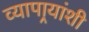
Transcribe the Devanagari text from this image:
व्यापार्‍यांशी